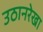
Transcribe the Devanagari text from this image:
उठानरेखा